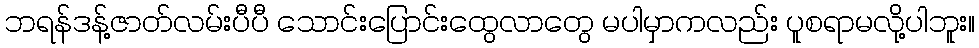
ဘရန်ဒန့်ဇာတ်လမ်းပီပီ သောင်းပြောင်းထွေလာတွေ မပါမှာကလည်း ပူစရာမလို့ပါဘူး။